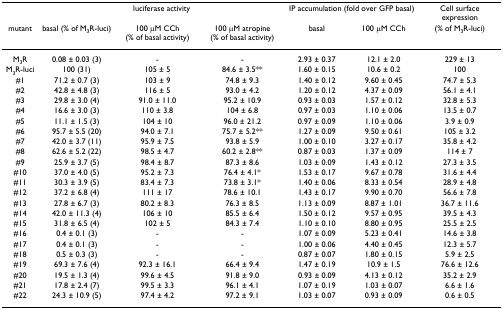
<table><thead><tr><td></td><td colspan="3"><b>luciferase activity</b></td><td colspan="2"><b>IP accumulation (fold over GFP basal)</b></td><td><b>Cell surface expression</b></td></tr><tr><td><b>mutant</b></td><td><b>basal (% of M<sub>3</sub>R-luci)</b></td><td><b>100 μM CCh (% of basal activity)</b></td><td><b>100 μM atropine (% of basal activity)</b></td><td><b>basal</b></td><td><b>100 μM CCh</b></td><td><b>(% of M<sub>3</sub>R-luci)</b></td></tr></thead><tbody><tr><td>M<sub>3</sub>R</td><td>0.08 ± 0.03 (3)</td><td>-</td><td>-</td><td>2.93 ± 0.37</td><td>12.1 ± 2.0</td><td>229 ± 13</td></tr><tr><td>M<sub>3</sub>R-luci</td><td>100 (31)</td><td>105 ± 5</td><td>84.6 ± 3.5**</td><td>1.60 ± 0.15</td><td>10.6 ± 0.2</td><td>100</td></tr><tr><td>#1</td><td>71.2 ± 0.7 (3)</td><td>103 ± 9</td><td>74.8 ± 9.3</td><td>1.40 ± 0.12</td><td>9.60 ± 0.45</td><td>74.7 ± 5.3</td></tr><tr><td>#2</td><td>42.8 ± 4.8 (3)</td><td>116 ± 5</td><td>93.0 ± 4.2</td><td>1.20 ± 0.12</td><td>4.37 ± 0.09</td><td>56.1 ± 4.1</td></tr><tr><td>#3</td><td>29.8 ± 3.0 (4)</td><td>91.0 ± 11.0</td><td>95.2 ± 10.9</td><td>0.93 ± 0.03</td><td>1.57 ± 0.12</td><td>32.8 ± 5.3</td></tr><tr><td>#4</td><td>16.6 ± 3.0 (3)</td><td>110 ± 3.8</td><td>104 ± 6.8</td><td>0.97 ± 0.03</td><td>1.10 ± 0.06</td><td>13.5 ± 0.7</td></tr><tr><td>#5</td><td>11.1 ± 1.5 (3)</td><td>104 ± 10</td><td>96.0 ± 21.2</td><td>0.97 ± 0.09</td><td>1.10 ± 0.06</td><td>3.9 ± 0.9</td></tr><tr><td>#6</td><td>95.7 ± 5.5 (20)</td><td>94.0 ± 7.1</td><td>75.7 ± 5.2**</td><td>1.27 ± 0.09</td><td>9.50 ± 0.61</td><td>105 ± 3.2</td></tr><tr><td>#7</td><td>42.0 ± 3.7 (11)</td><td>95.9 ± 7.5</td><td>93.8 ± 5.9</td><td>1.00 ± 0.10</td><td>3.27 ± 0.17</td><td>35.8 ± 4.2</td></tr><tr><td>#8</td><td>62.6 ± 5.2 (22)</td><td>98.5 ± 4.7</td><td>60.2 ± 2.8**</td><td>0.87 ± 0.03</td><td>1.37 ± 0.09</td><td>114 ± 7</td></tr><tr><td>#9</td><td>25.9 ± 3.7 (5)</td><td>98.4 ± 8.7</td><td>87.3 ± 8.6</td><td>1.03 ± 0.09</td><td>1.43 ± 0.12</td><td>27.3 ± 3.5</td></tr><tr><td>#10</td><td>37.0 ± 4.0 (5)</td><td>95.2 ± 7.3</td><td>76.4 ± 4.1*</td><td>1.53 ± 0.17</td><td>9.67 ± 0.78</td><td>31.6 ± 4.4</td></tr><tr><td>#11</td><td>30.3 ± 3.9 (5)</td><td>83.4 ± 7.3</td><td>73.8 ± 3.1*</td><td>1.40 ± 0.06</td><td>8.33 ± 0.54</td><td>28.9 ± 4.8</td></tr><tr><td>#12</td><td>37.2 ± 6.8 (4)</td><td>111 ± 17</td><td>78.6 ± 10.1</td><td>1.43 ± 0.17</td><td>9.90 ± 0.70</td><td>56.6 ± 7.8</td></tr><tr><td>#13</td><td>27.8 ± 6.7 (3)</td><td>80.2 ± 8.3</td><td>76.3 ± 8.5</td><td>1.13 ± 0.09</td><td>8.87 ± 1.01</td><td>36.7 ± 11.6</td></tr><tr><td>#14</td><td>42.0 ± 11.3 (4)</td><td>106 ± 10</td><td>85.5 ± 6.4</td><td>1.50 ± 0.12</td><td>9.57 ± 0.95</td><td>39.5 ± 4.3</td></tr><tr><td>#15</td><td>31.8 ± 6.5 (4)</td><td>102 ± 5</td><td>84.3 ± 7.4</td><td>1.10 ± 0.10</td><td>8.80 ± 0.95</td><td>25.5 ± 2.5</td></tr><tr><td>#16</td><td>0.4 ± 0.1 (3)</td><td>-</td><td>-</td><td>1.07 ± 0.09</td><td>5.23 ± 0.41</td><td>14.6 ± 3.8</td></tr><tr><td>#17</td><td>0.4 ± 0.1 (3)</td><td>-</td><td>-</td><td>1.00 ± 0.06</td><td>4.40 ± 0.45</td><td>12.3 ± 5.7</td></tr><tr><td>#18</td><td>0.5 ± 0.3 (3)</td><td>-</td><td>-</td><td>0.87 ± 0.07</td><td>1.80 ± 0.15</td><td>5.9 ± 2.5</td></tr><tr><td>#19</td><td>69.3 ± 7.6 (4)</td><td>92.3 ± 16.1</td><td>66.4 ± 9.4</td><td>1.47 ± 0.19</td><td>10.9 ± 1.5</td><td>76.6 ± 12.6</td></tr><tr><td>#20</td><td>19.5 ± 1.3 (4)</td><td>99.6 ± 4.5</td><td>91.8 ± 9.0</td><td>0.93 ± 0.09</td><td>4.13 ± 0.12</td><td>35.2 ± 2.9</td></tr><tr><td>#21</td><td>17.8 ± 2.4 (7)</td><td>99.5 ± 3.3</td><td>96.1 ± 4.1</td><td>1.07 ± 0.19</td><td>1.03 ± 0.07</td><td>6.6 ± 1.6</td></tr><tr><td>#22</td><td>24.3 ± 10.9 (5)</td><td>97.4 ± 4.2</td><td>97.2 ± 9.1</td><td>1.03 ± 0.07</td><td>0.93 ± 0.09</td><td>0.6 ± 0.5</td></tr></tbody></table>